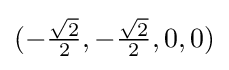
(-{\tfrac {\sqrt {2}}{2}},-{\tfrac {\sqrt {2}}{2}},0,0)